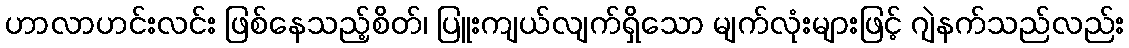
ဟာလာဟင်းလင်း ဖြစ်နေသည့်စိတ်၊ ပြူးကျယ်လျက်ရှိသော မျက်လုံးများဖြင့် ဂျဲနက်သည်လည်း